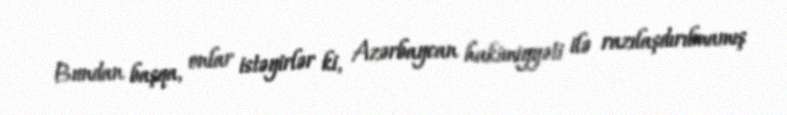
Bundan başqa, onlar istəyirlər ki, Azərbaycan hakimiyyəti ilə razılaşdırılmamış